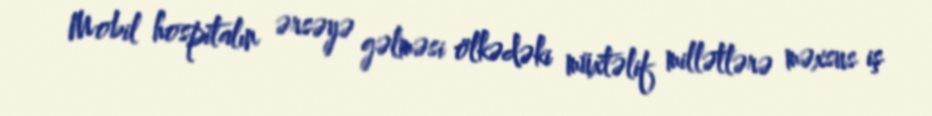
Mobil hospitalın ərsəyə gəlməsi ölkədəki müxtəlif millətlərə məxsus iş